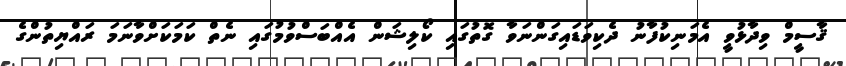
ޤާސީމް ވިދާޅުވީ އެމަނިކުފާނު ދެކިވަޑައިގަންނަވާ ގޮތުގައި ކޯލިޝަން އެއްބަސްވުމުގައި ނެތް ކަމަކަށްވާނަމަ ރައްޔިތުންގެ